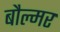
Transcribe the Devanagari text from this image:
बौल्मर